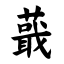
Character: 蕺